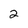
Character: 2